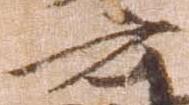
云